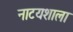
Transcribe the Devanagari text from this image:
नाटयशाला